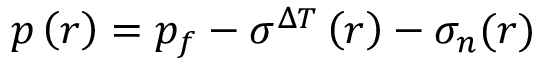
p \left( r \right) = p _ { f } - \sigma ^ { \Delta T } \left( r \right) - \sigma _ { n } ( r )